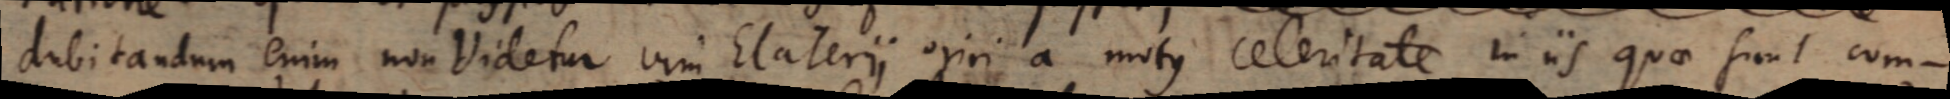
dubitandum enim non videtur vim Elaterii oriri a motus celeritate in iis quae sunt com-